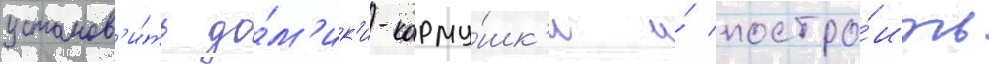
установ'и́ть до́м'ик'и-корму́шк'и и́ постро́ить